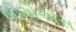
બીએએસ